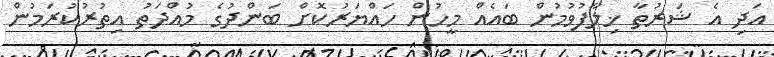
އަދި އެ ޝަރުތާ ޚިލާފުވުމުން ބައެއް މީހުން ހައްޔަރުކޮށް ބަންދުގެ މުއްދަތު އިތުރުކުރަމުން